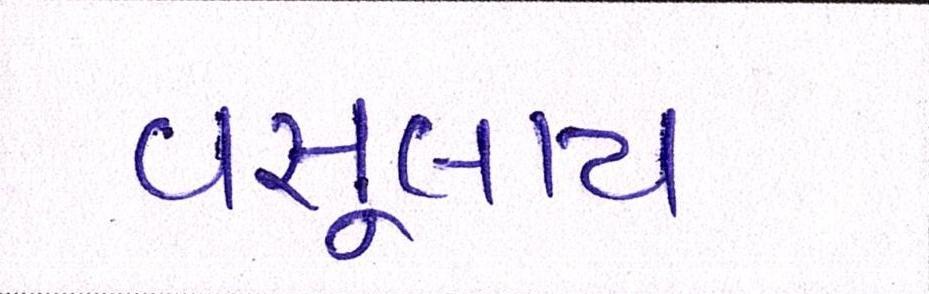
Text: વસૂલાય